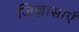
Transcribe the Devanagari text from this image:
जिज्ञासाएँ